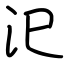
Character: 汜